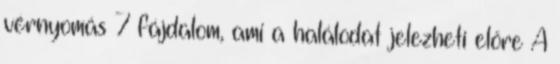
vérnyomás 7 fájdalom, ami a halálodat jelezheti előre A